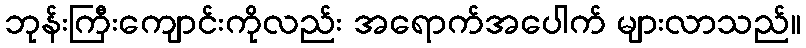
ဘုန်းကြီးကျောင်းကိုလည်း အရောက်အပေါက် များလာသည်။